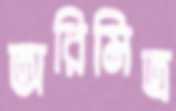
অরিমিত্র